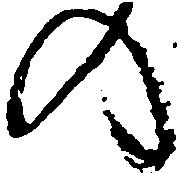
の